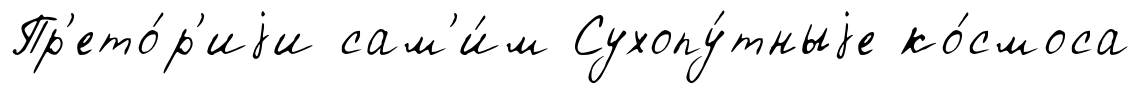
Пр'ето́р'иjи сам'и́м Сухопу́тныjе ко́смоса